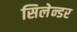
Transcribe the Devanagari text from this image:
सिलेन्डर